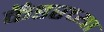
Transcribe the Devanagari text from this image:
कॅडरच्या